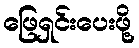
ဖြေရှင်းပေးဖို့